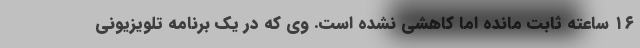
۱۶ ساعته ثابت مانده اما کاهشی نشده است. وی که در یک برنامه تلویزیونی